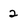
Character: 2